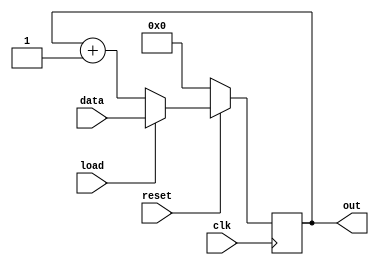
module count(out,data,load,reset,clk);
	output[7:0] out;
	input[7:0] data;
	input load,clk,reset;
	reg[7:0] out;
	always@(posedge clk)
	begin
		if(!reset)
			out=8'h00;
		else if(load)
			out=data;
		else
			out=out+1;
	end
endmodule